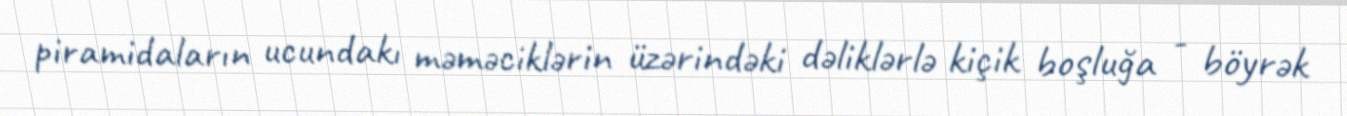
piramidaların ucundakı məməciklərin üzərindəki dəliklərlə kiçik boşluğa - böyrək